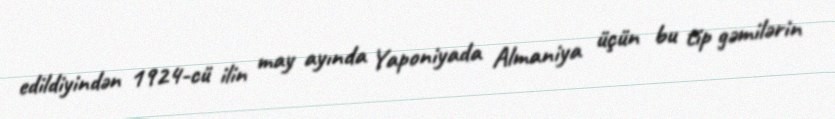
edildiyindən 1924-cü ilin may ayında Yaponiyada Almaniya üçün bu tip gəmilərin